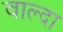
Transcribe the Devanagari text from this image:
वाल्दा